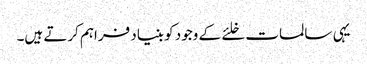
یہی سالمات خلئے کے وجود کو بنیاد فراہم کرتے ہیں۔